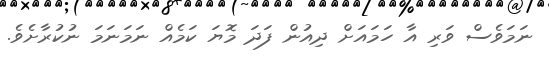
ނަމަވެސް ވަރި އާ ހަމައަށް ދިއުން ފަދަ މޮޔަ ކަމެއް ނަމަނަމަ ނުކުރާށެވެ.